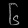
Digit: ၆